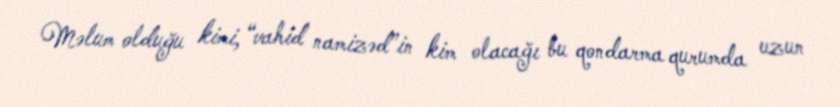
Məlum olduğu kimi, “vahid namizəd”in kim olacağı bu qondarma qurumda uzun